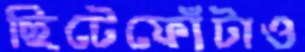
ছিটেফোঁটাও